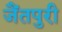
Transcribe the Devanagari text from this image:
जैंतपुरी